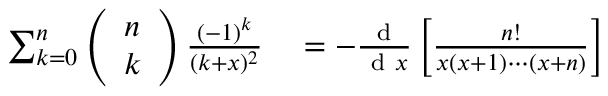
\begin{array} { r l } { \sum _ { k = 0 } ^ { n } \left( \begin{array} { l } { n } \\ { k } \end{array} \right) \frac { ( - 1 ) ^ { k } } { ( k + x ) ^ { 2 } } } & { { } = - \frac { \mathrm { ~ d ~ } } { \mathrm { ~ d ~ } x } \left[ \frac { n ! } { x ( x + 1 ) \cdots ( x + n ) } \right] } \end{array}